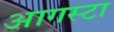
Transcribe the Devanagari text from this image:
आगस्टा